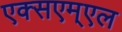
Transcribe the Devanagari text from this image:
एक्सएम्एल